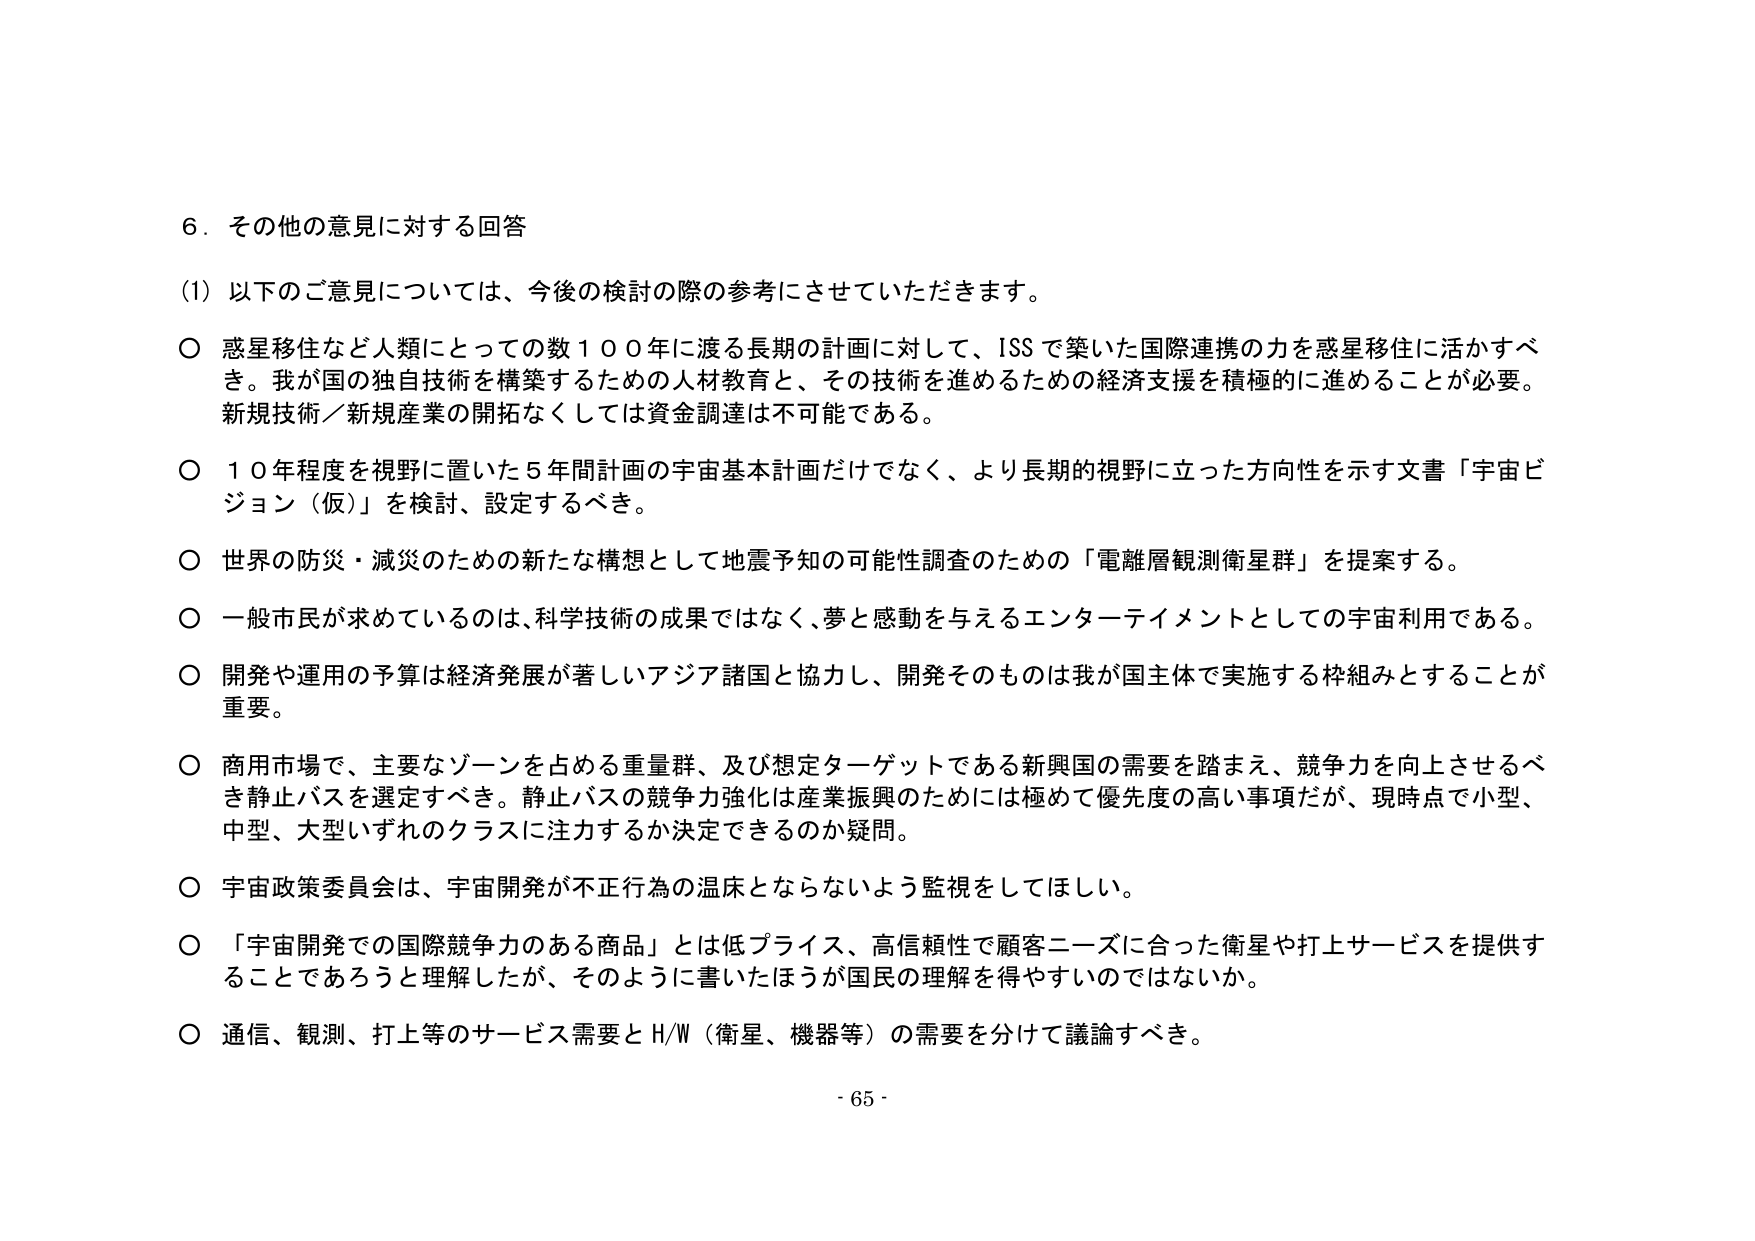
６．その他の意見に対する回答

（1）以下のご意見については、今後の検討の際の参考にさせていただきます。

○ 惑星移住など人類にとっての数１００年に渡る長期の計画に対して、ISSで築いた国際連携の力を惑星移住に活かすべき。我が国の独自技術を構築するための人材教育と、その技術を進めるための経済支援を積極的に進めることが必要。新規技術／新規産業の開拓なくしては資金調達は不可能である。

○ １０年程度を視野に置いた５年間計画の宇宙基本計画だけでなく、より長期的視野に立った方向性を示す文書「宇宙ビジョン（仮）」を検討、設定するべき。

○ 世界の防災・減災のための新たな構想として地震予知の可能性調査のための「電離層観測衛星群」を提案する。

○ 一般市民が求めているのは、科学技術の成果ではなく、夢と感動を与えるエンターテイメントとしての宇宙利用である。

○ 開発や運用の予算は経済発展が著しいアジア諸国と協力し、開発そのものは我が国主体で実施する枠組みとすることが重要。

○ 商用市場で、主要なゾーンを占める重量群、及び想定ターゲットである新興国の需要を踏まえ、競争力を向上させるべき静止バスを選定すべき。静止バスの競争力強化は産業振興のためには極めて優先度の高い事項だが、現時点で小型、中型、大型いずれのクラスに注力するか決定できるのか疑問。

○ 宇宙政策委員会は、宇宙開発が不正行為の温床とならないよう監視をしてほしい。

○ 「宇宙開発での国際競争力のある商品」とは低プライス、高信頼性で顧客ニーズに合った衛星や打上サービスを提供することであろうと理解したが、そのように書いたほうが国民の理解を得やすいのではないか。

○ 通信、観測、打上等のサービス需要とＨ/Ｗ（衛星、機器等）の需要を分けて議論すべき。

- 65 -